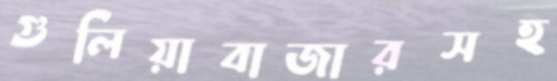
গুলিয়াবাজারসহ